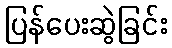
ပြန်ပေးဆွဲခြင်း